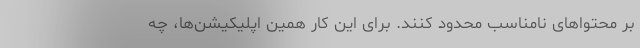
بر محتواهای نامناسب محدود کنند. برای این کار همین اپلیکیشن‌ها، چه